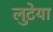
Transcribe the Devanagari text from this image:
लुटेया